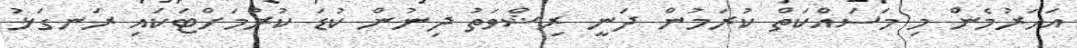
އަހަރުމެން މި މަސައްކަތް ކުރަމުން ދަނީ ރިޝްވަތު ދިނުން ކުޑަ ކުރުމަށްޓަކައި ރަނގަޅު